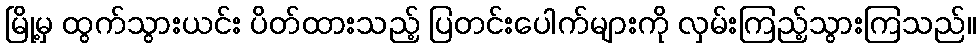
မြို့မှ ထွက်သွားယင်း ပိတ်ထားသည့် ပြတင်းပေါက်များကို လှမ်းကြည့်သွားကြသည်။